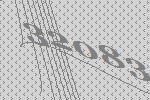
32083